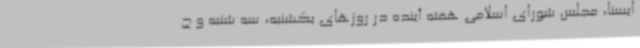
ایسنا، مجلس شورای اسلامی هفته آینده در روزهای یکشنبه، سه شنبه و چ